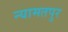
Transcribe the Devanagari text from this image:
न्यामतपुर